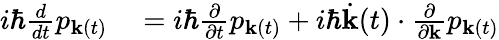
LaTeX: \begin{array}{rl}{i\hbar\frac{d}{dt}p_{{\mathbf k}(t)}}&{{}=i\hbar\frac{\partial}{\partial t}p_{{\mathbf k}(t)}+i\hbar\dot{\mathbf k}(t)\cdot\frac{\partial}{\partial{\mathbf k}}p_{{\mathbf k}(t)}}\end{array}